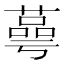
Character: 蕚